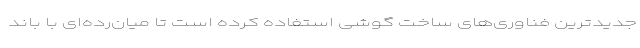
جدیدترین فناوری‌های ساخت گوشی استفاده کرده است تا میان‌رده‌ای با باند